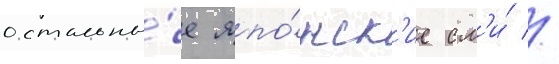
остальны́е япо́нск'ие см'и́ //